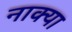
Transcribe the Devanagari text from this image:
नाक्या